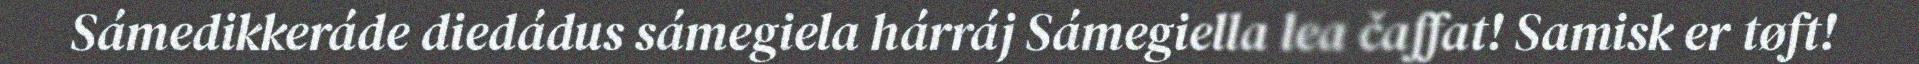
Sámedikkeráde diedádus sámegiela hárráj Sámegiella lea čaffat! Samisk er tøft!